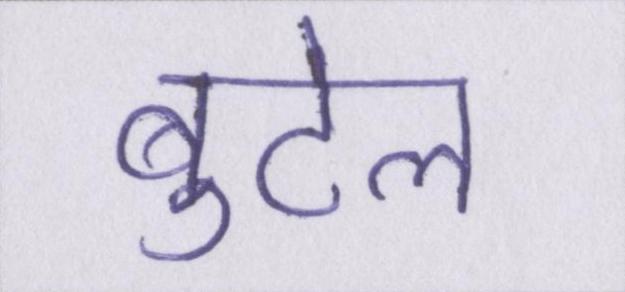
बुटेल